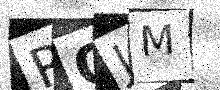
Text: RQJM